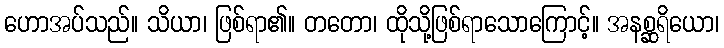
ဟောအပ်သည်။ သိယာ၊ ဖြစ်ရာ၏။ တတော၊ ထိုသို့ဖြစ်ရာသောကြောင့်။ အနစ္ဆရိယော၊